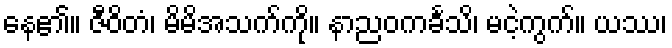
နေ၏။ ဇီဝိတံ၊ မိမိအသက်ကို။ နာညဝကင်္ခသိ၊ မငဲ့ကွက်။ ယဿ၊